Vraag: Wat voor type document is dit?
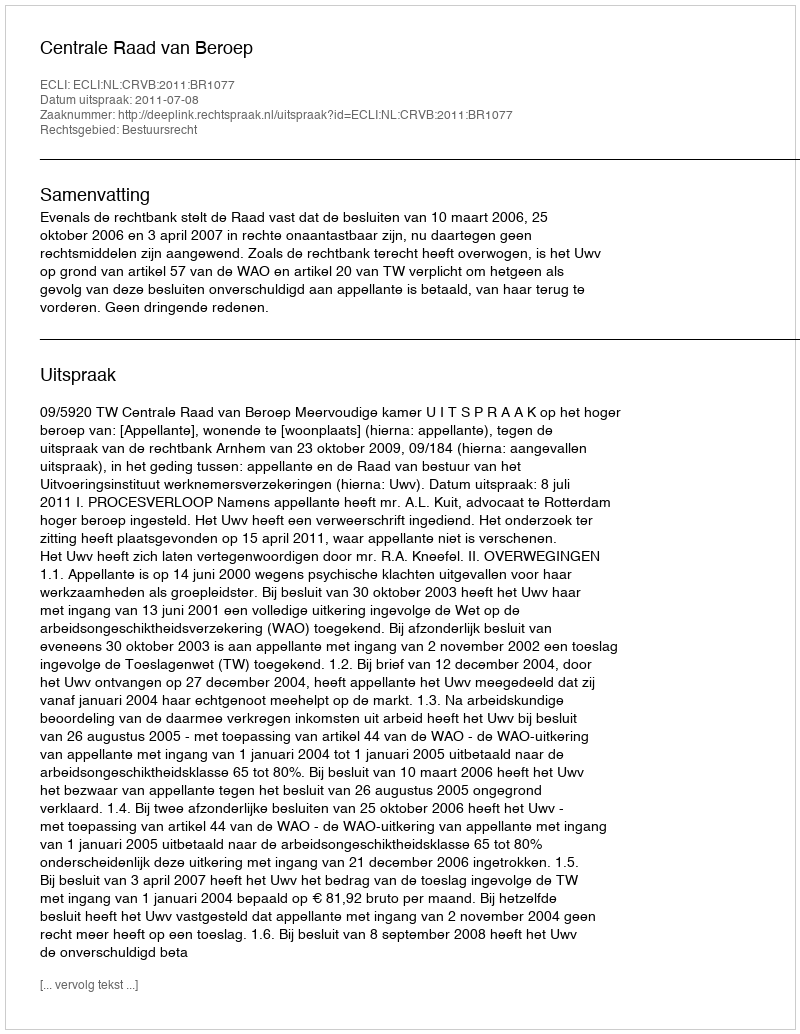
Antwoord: Uitspraak